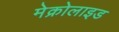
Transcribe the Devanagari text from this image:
मेक्रोलाइड